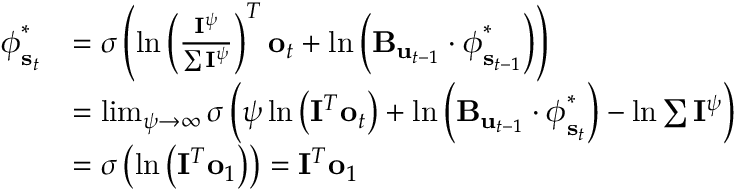
\begin{array} { r l } { \boldsymbol { \phi } _ { \mathbf { s } _ { t } } ^ { * } } & { = \sigma \left( \ln \left( \frac { \mathbf { I } ^ { \psi } } { \sum \mathbf { I } ^ { \psi } } \right) ^ { T } \mathbf { o } _ { t } + \ln \left( \mathbf { B } _ { \mathbf { u } _ { t - 1 } } \cdot \boldsymbol { \phi } _ { \mathbf { s } _ { t - 1 } } ^ { * } \right) \right) } \\ & { = \operatorname* { l i m } _ { \psi \rightarrow \infty } \sigma \left( \psi \ln \left( \mathbf { I } ^ { T } \mathbf { o } _ { t } \right) + \ln \left( \mathbf { B } _ { \mathbf { u } _ { t - 1 } } \cdot \boldsymbol { \phi } _ { \mathbf { s } _ { t } } ^ { * } \right) - \ln \sum \mathbf { I } ^ { \psi } \right) } \\ & { = \sigma \left( \ln \left( \mathbf { I } ^ { T } \mathbf { o } _ { 1 } \right) \right) = \mathbf { I } ^ { T } \mathbf { o } _ { 1 } } \end{array}